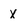
Character: X